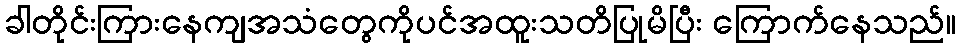
ခါတိုင်းကြားနေကျအသံတွေကိုပင်အထူးသတိပြုမိပြီး ကြောက်နေသည်။